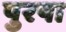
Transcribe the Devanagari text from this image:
पुरषा